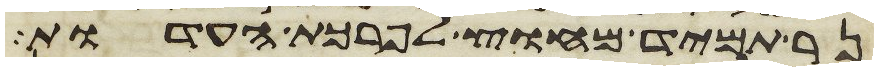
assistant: נר תמיד מחוץ לפרכת העדות